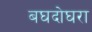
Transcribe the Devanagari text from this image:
बघदोघरा